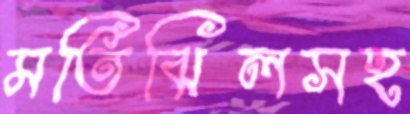
মতিঝিলসহ